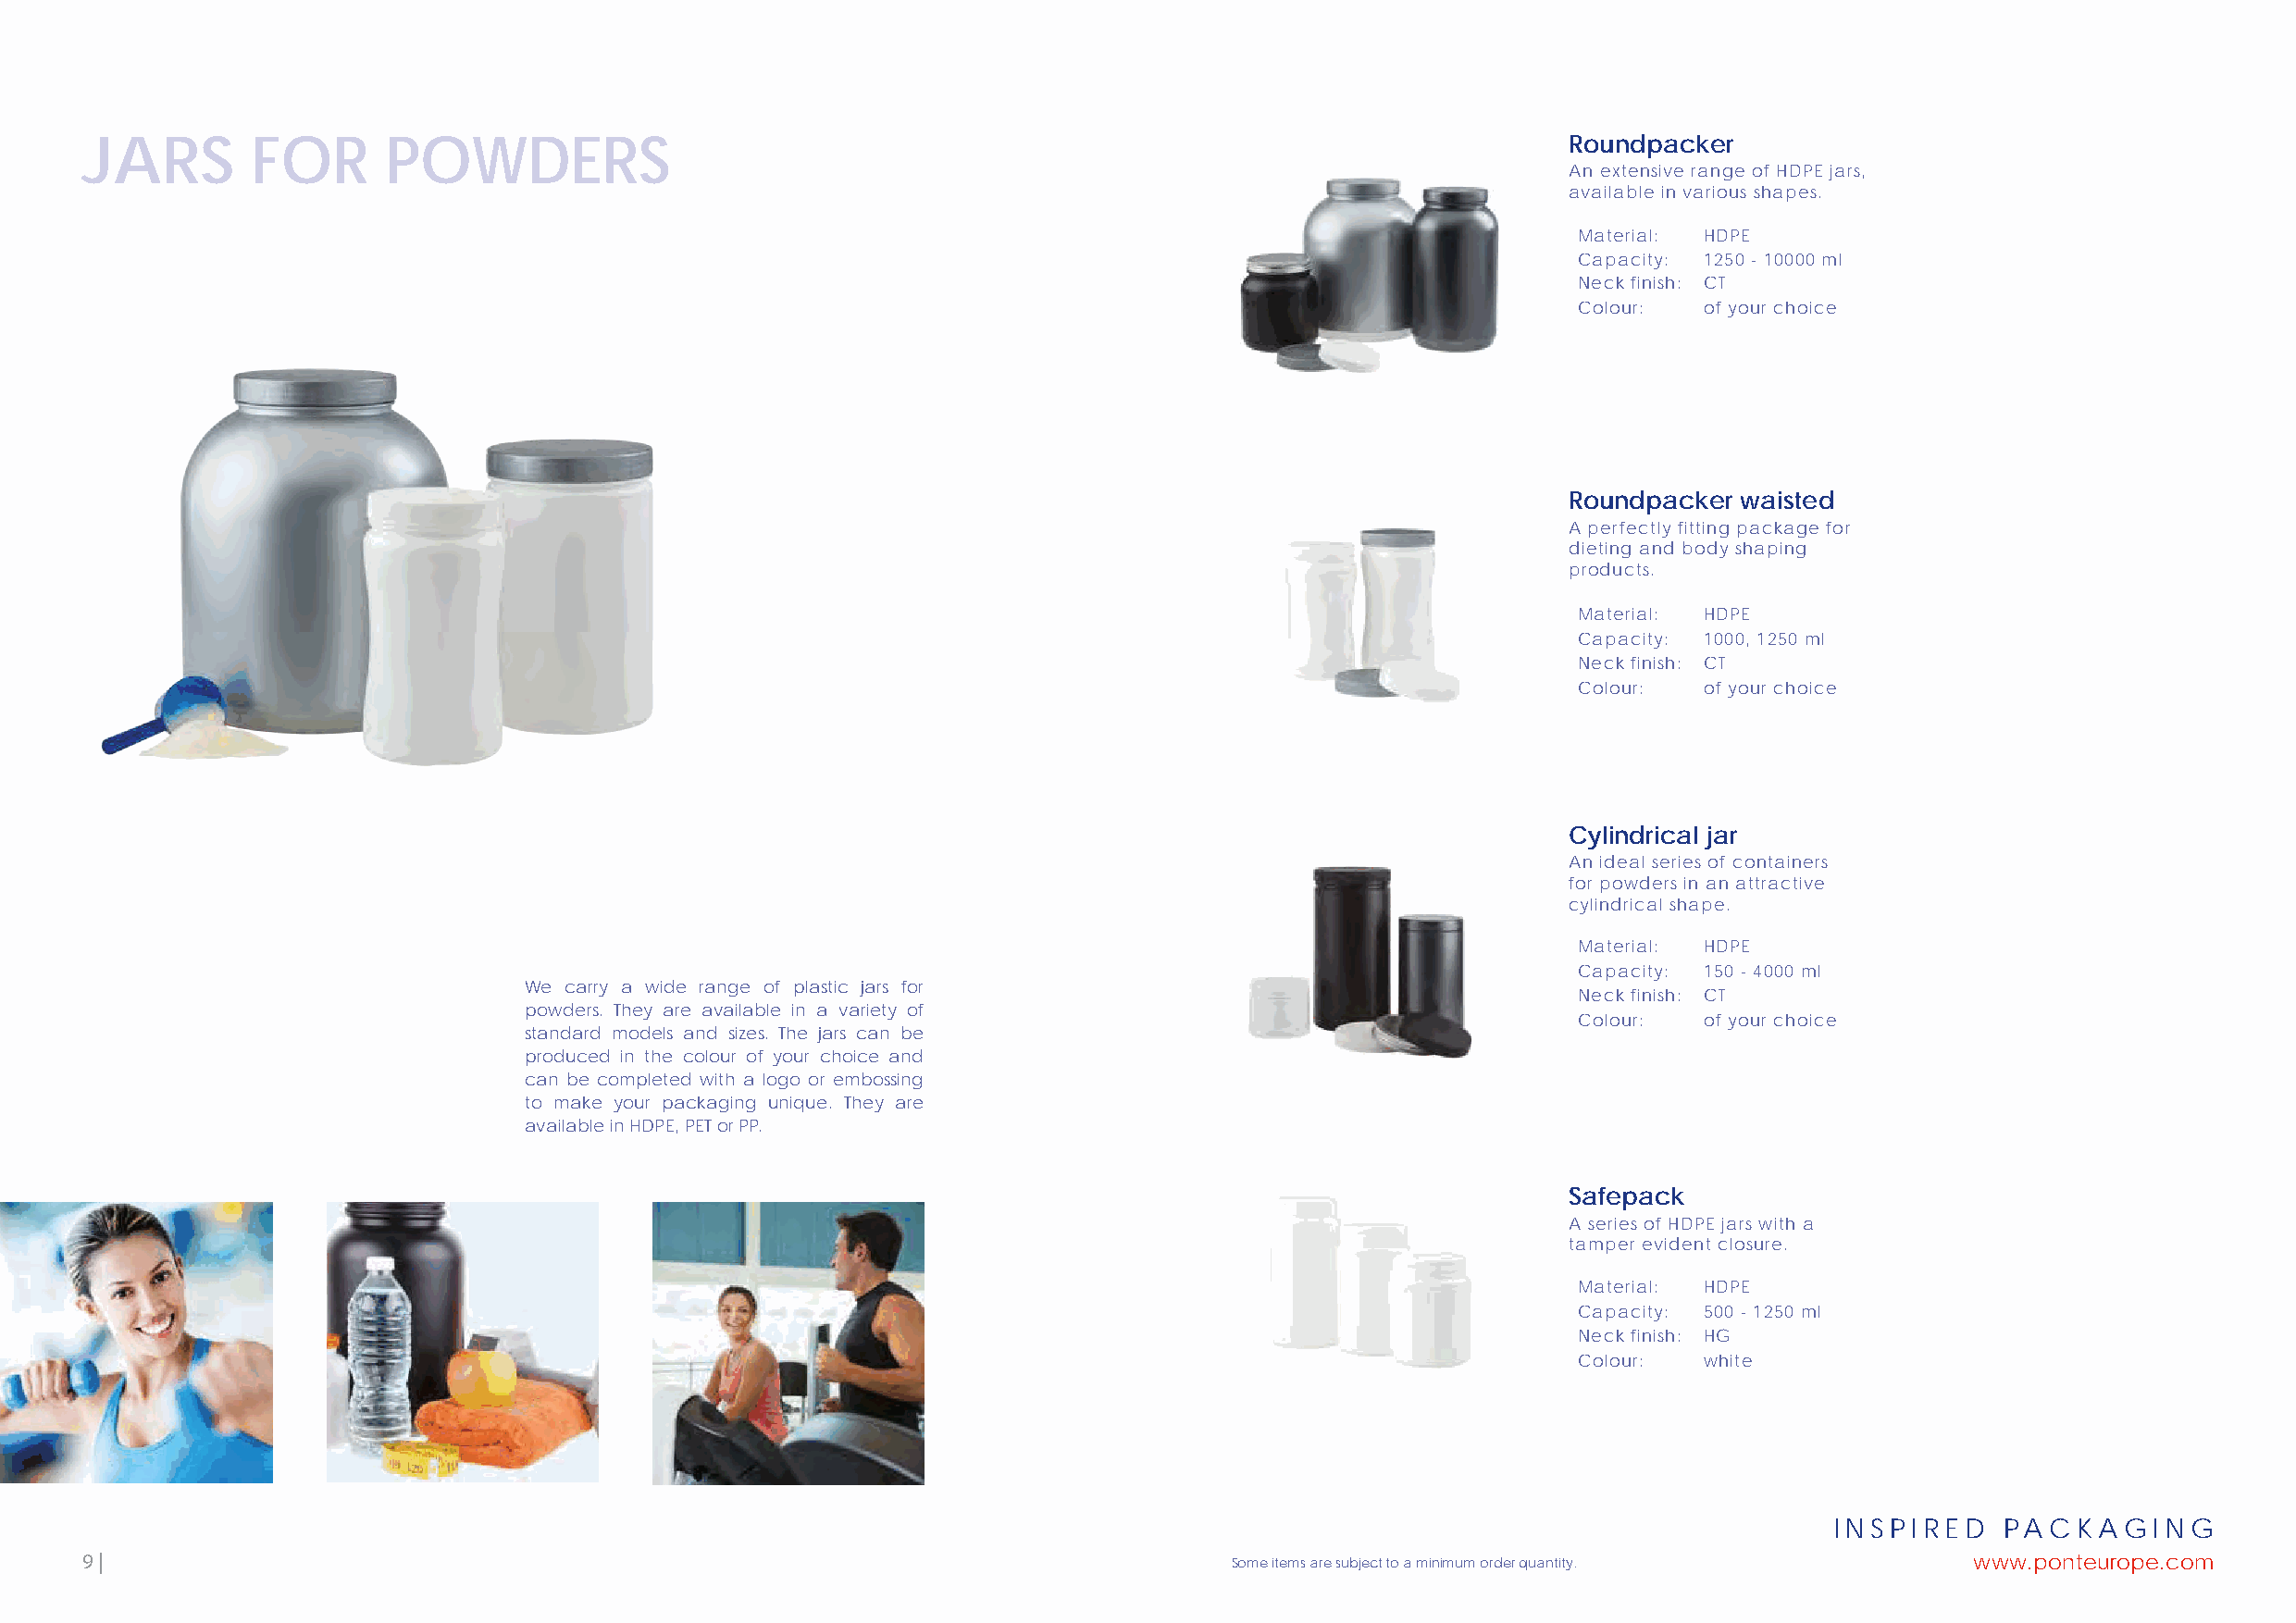
JARS        FOR       POWDERS                                                                             Roundpacker
 An extensive range of HDPE jars,
 available in various shapes.
 Material: HDPE
 Capacity: 1250 - 10000 ml
 Neck finish: CT
 Colour:  of your choice
 Roundpacker  waisted
 A perfectly fitting package for
 dieting and body shaping
 products.
 Material: HDPE
 Capacity: 1000, 1250 ml
 Neck finish: CT
 Colour:  of your choice
 Cylindrical jar
 An ideal series of containers
 for powders in an attractive
 cylindrical shape.
 Material: HDPE
 Capacity: 150 - 4000 ml
 We carry a wide range of plastic jars for
 Neck finish: CT
 powders. They are available in a variety of
 Colour:  of your choice
 standard models and sizes. The jars can be
 produced in the colour of your choice and
 can be completed with a logo or embossing
 to make your packaging unique. They are
 available in HDPE, PET or PP.
 Safepack
 A series of HDPE jars with a
 tamper evident closure.
 Material: HDPE
 Capacity: 500 - 1250 ml
 Neck finish: HG
 Colour:  white
 INSPIRED    PACKAGING
 9 |                                                                               Some items are subject to a minimum order quantity.  www.ponteurope.com